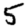
Digit: 5